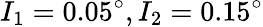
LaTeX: I_{1}=0.05^{\circ},I_{2}=0.15^{\circ}